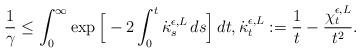
LaTeX: \begin{align*} \frac{1}{\gamma}\leq \int_0^\infty\exp\Big[-2\int_0^t\dot\kappa^{\epsilon,L}_s \, ds\Big]\, dt, \dot\kappa^{\epsilon,L}_t := \frac{1}{t} - \frac{\chi_t^{\epsilon,L}}{t^2}.\end{align*}